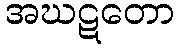
အဃဋတော